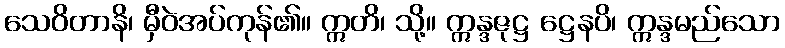
သေဝိတာနိ၊ မှီဝဲအပ်ကုန်၏။ ဣတိ၊ သို့။ ဣန္ဒဇုဋ္ဌ ဋ္ဌေနပိ၊ ဣန္ဒမည်သော